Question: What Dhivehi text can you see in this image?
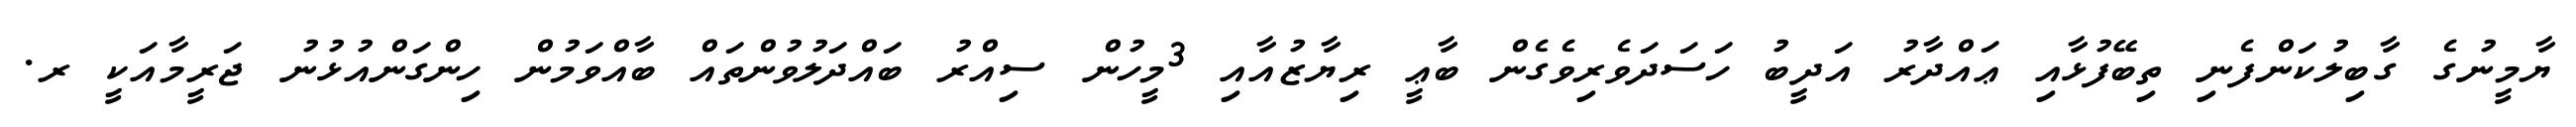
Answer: ޔާމީނުގެ ގާބިލުކަންފެނި ތިބޭފުޅާއި ޢައްދާރު އަދީބު ހަސަދަވެރިވެގެން ބާޢީ ރިޔާޒުއާއި 3މީހުން ސިއްރު ބައްދަލުވުންތައް ބާއްވަމުން ހިންގަންއުޅުނު ޖަރީމާއަކީ ރ.